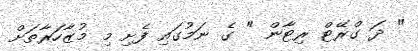
" ދަ ގްރޭޓް ރިޓާން " ގެ ނަމުގައި ފެށި މި މުޒާހަރާތަށް